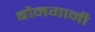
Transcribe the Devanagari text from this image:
बोनगानी